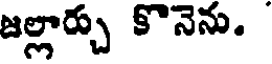
జల్లార్చు కొనెను.